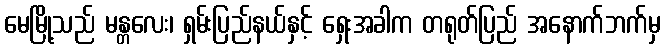
မေမြို့သည် မန္တလေး၊ ရှမ်းပြည်နယ်နှင့် ရှေးအခါက တရုတ်ပြည် အနောက်ဘက်မှ